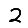
Digit: 2